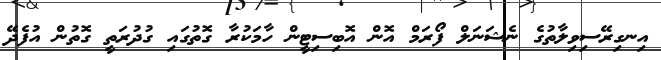
އިނގިރޭސިވިލާތުގެ ނެޝަނަލް ފޯރަމް އޮން އޮބިސިޓީން ހާމަކުރާ ގޮތުގައި ގުދުރަތީ ގޮތުން އުފެދޭ